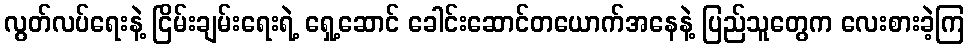
လွတ်လပ်ရေးနဲ့ ငြိမ်းချမ်းရေးရဲ့ ရှေ့ဆောင် ခေါင်းဆောင်တယောက်အနေနဲ့ ပြည်သူတွေက လေးစားခဲ့ကြ